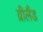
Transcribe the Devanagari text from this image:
व्रीलैंड